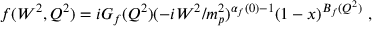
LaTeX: f ( W ^ { 2 } , Q ^ { 2 } ) = i G _ { f } ( Q ^ { 2 } ) ( - i W ^ { 2 } / m _ { p } ^ { 2 } ) ^ { \alpha _ { f } ( 0 ) - 1 } ( 1 - x ) ^ { B _ { f } ( Q ^ { 2 } ) } \ ,